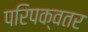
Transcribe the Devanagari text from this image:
परिपक्वतर